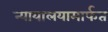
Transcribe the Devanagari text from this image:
न्यायालयामार्फत